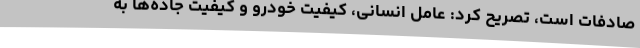
صادفات است، تصریح کرد: عامل انسانی، کیفیت خودرو و کیفیت جاده‌ها به